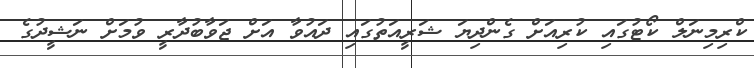
ކްރިމިނަލް ކޯޓުގައި ކުރިއަށް ގެންދިޔަ ޝަރީއަތުގައި ދައުވާ އަށް ޖަވާބުދާރީ ވުމަށް ނަޝީދުގެ